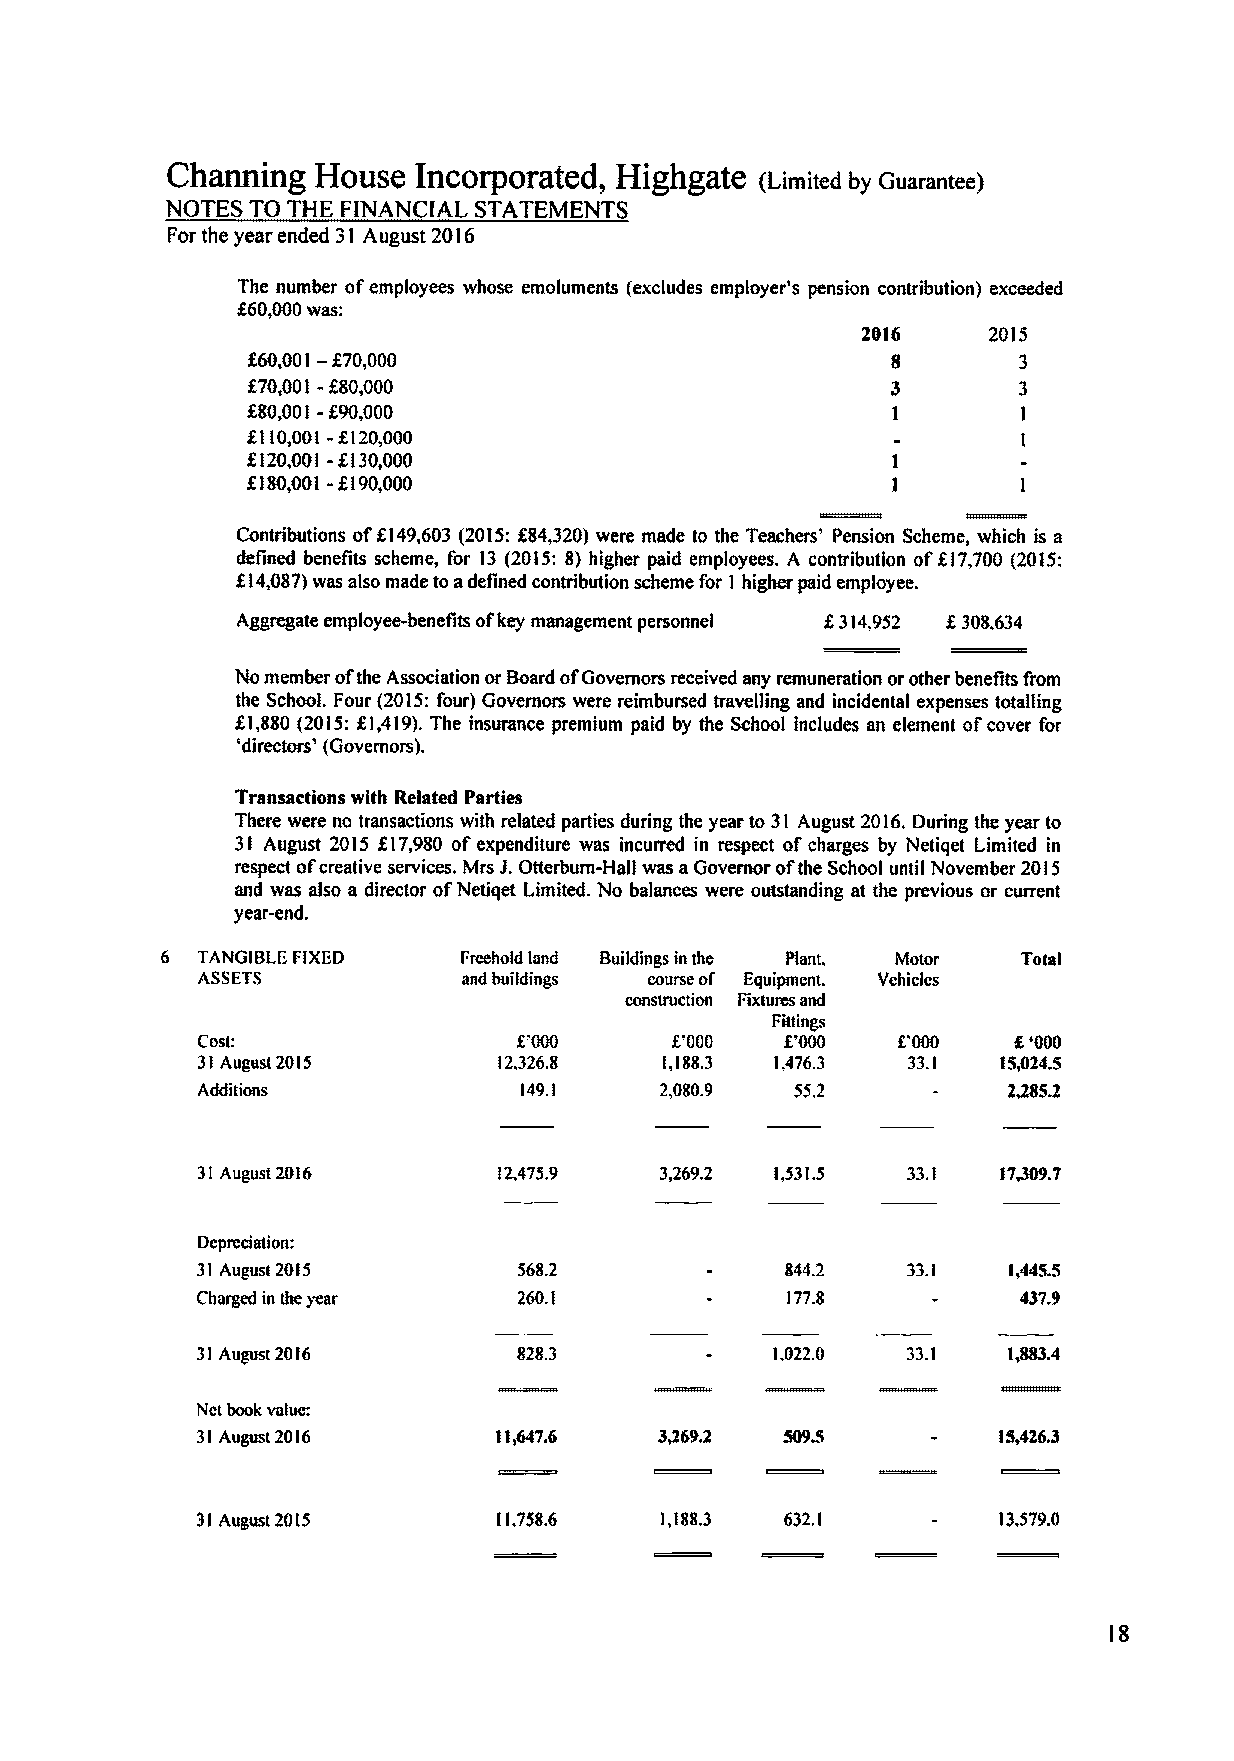
Cham11Ag  HOUSC IACorPOI'8tCd, HlghgRtC (Lirrtited by Guarantee)
 NOTES TO THE FINANCtAL STATEMENTS
 For the year ended 31 August 2016
 The number ofemployees whose emoluments (excludes employer's pension contribution) exceeded
 N0,000was:
 2016    201$
 %60,001—H0,000                             8       3
 X70,001-N0,000                             3       3
 f80,001-f90,000
 1        1
 f110,001-f120,000
 1
 D20,001 -$130,000
 f180,001-1190,000
 1
 Contributions of X149,603 (2015:k84,320)were made to the Teachers' Pension Scheme, which is a
 ttefined benefits scheme, for 13 (201$:8) higher paid employees. A contribution of$17,700 (201$:
 04,087)was
 also made toadefmed contribution scheme for 1 higher paid employee.
 Aggregate emp/oyee-benefits ofkey management personnel f.314,952 X308,634
 Nomember ofthe Association or Baud ofGovernors received any remuneration orother benefits from
 the School. Four (2015:four) Governors were reimbursed traveHing and incidental expenses totaHing
 El,880 (2015:k1,419),The insurance premium paid by the School includes an element ofcover for
 'directors' (Governors).
 Transactions with Rehtted Parties
 There were no transactions with related parties during the year to 31 August 2016.During the year to
 31 August 2015 f17,980 ofexpenditure was mcurred in respect of charges by Netiqet Limited in
 respect ofcreative services. Mrs j, Otterburn-Hall was aGovernor ofthe School until November 2015
 and was also a director ofNetiqet Limited. 'No balances were outstanding at the previous or current
 yearwnd.
 6 TANGIBLE F1XED   Freehold land Buddings in the Plant,  Total
 ASSETS            and buildings ixiurse of' Equipinent,
 conslructloli Fixtures and
 Fgtings
 Cost                           C000    f,'000 8000    f,'ON
 31August 2015                  1,188,3 1,476,3 33.
 1
 19,0249
 ~$.
 Additions                      2,080.9  552              2
 31August 2016                  3,2692 1,531,5
 Dep+ciation:
 31August 2015                                  33. 1  l,4455
 Charged in the year                    177.S          437.9
 31August 2016                         1.022,0         1,883A
 Not book value:
 31August 2016
 11,758.6   I,1&8.3 632.
 1
 13,$79.0
 IS